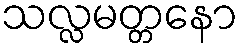
သလ္လမတ္တနော